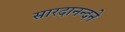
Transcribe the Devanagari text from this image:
सारदानन्दने